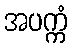
အပက္ကံ